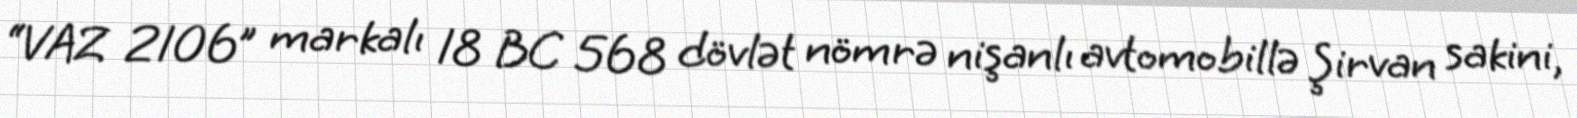
“VAZ 2106” markalı 18 BC 568 dövlət nömrə nişanlı avtomobillə Şirvan sakini,